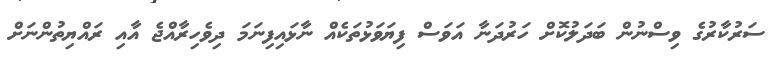
ސަރުކާރުގެ ވިސްނުން ބަދަލުކޮށް ހަރުދަނާ އަވަސް ފިޔަވަޅުތަކެއް ނާޅައިފިނަމަ ދިވެހިރާއްޖެ އާއި ރައްޔިތުންނަށް